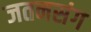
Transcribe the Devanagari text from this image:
जतनसंग